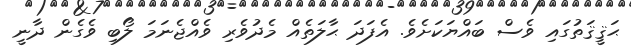
ޙަޤީޤަތުގައި ވެސް ބައްޔަކަށެވެ. އެފަދަ ޙާލަތެއް މެދުވެރި ވެއްޖެނަމަ ލޯބި ވެގެން ދާނީ